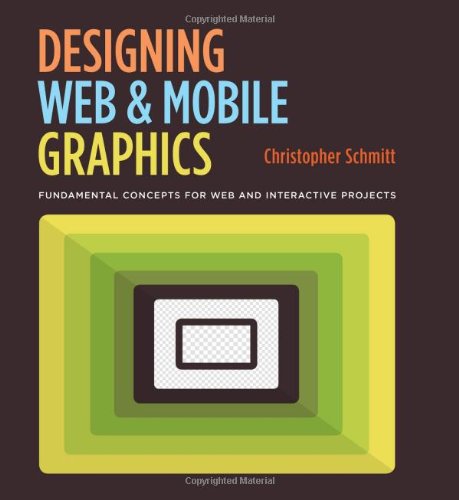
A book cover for Designing Web and Mobile Graphics: Fundamental concepts for web and interactive projects (Voices That Matter); Christopher Schmitt; Computers & Technology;